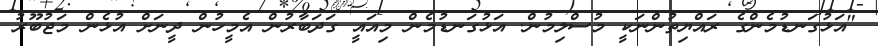
"އަޅުގަނޑުމެންގެ ރައްޔިތުންނަކީ މުސްލިމުން. އަޅުގަނޑުމެން މިއައީ ގަދަބާރުން އެމީހުން ދީނަށް އުޅެން މަޖުބޫރު